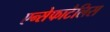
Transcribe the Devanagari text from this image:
एन्सेफाटैलिस